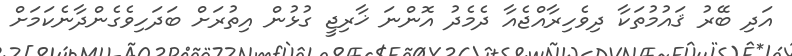
އަދި ބޭރު ޤައުމުތަކާ ދިވެހިރާއްޖެއާ ދެމެދު އޮންނަ ޚާރިޖީ ގުޅުން އިތުރަށް ބަދަހިވެގެންދާނެކަމަށް